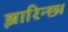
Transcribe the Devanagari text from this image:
झारिन्छ।